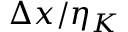
\Delta x / \eta _ { K }